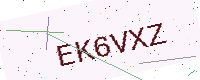
Text: EK6VXZ